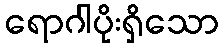
ရောဂါပိုးရှိသော